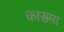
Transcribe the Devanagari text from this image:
कासमा